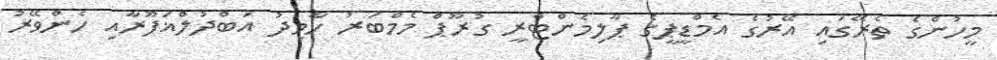
މީހުންގެ ތެރޭގައި އޭރުގެ އެމްޑީޕީގެ ޕާލިމެންޓްރީ ގުރޫޕް މެމްބަރު ހާމިދު އަބްދުލްޣަފޫރާއި ހެންވޭރު